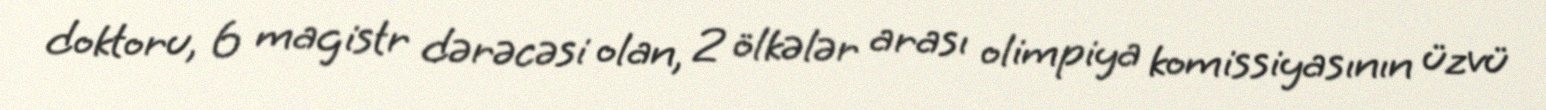
doktoru, 6 magistr dərəcəsi olan, 2 ölkələr arası olimpiya komissiyasının üzvü